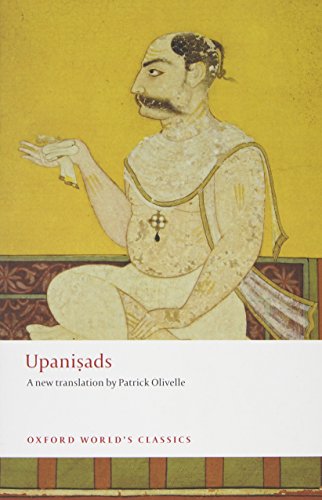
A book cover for Upanisads (Oxford World's Classics); Religion & Spirituality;